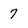
Character: 7